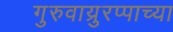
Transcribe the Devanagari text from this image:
गुरुवाय्रुरप्पाच्या